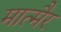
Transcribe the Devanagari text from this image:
मात्मैर